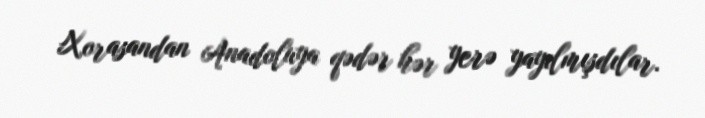
Xorasandan Anadoluya qədər hər yerə yayılmışdılar.